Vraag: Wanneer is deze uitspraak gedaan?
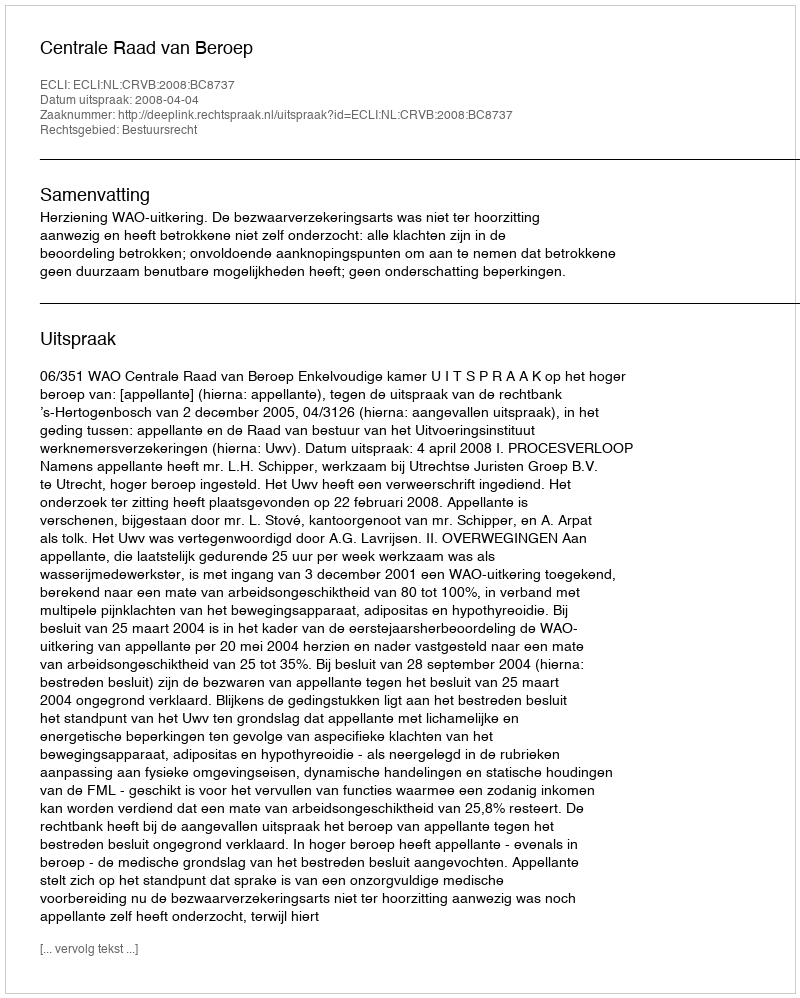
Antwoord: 2008-04-04